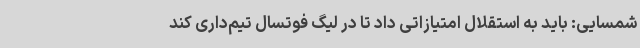
شمسایی: باید به استقلال امتیازاتی داد تا در لیگ فوتسال تیم‌داری کند